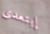
إبتعدى